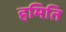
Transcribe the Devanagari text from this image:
हमिति